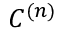
C ^ { ( n ) }